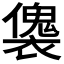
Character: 𧝛